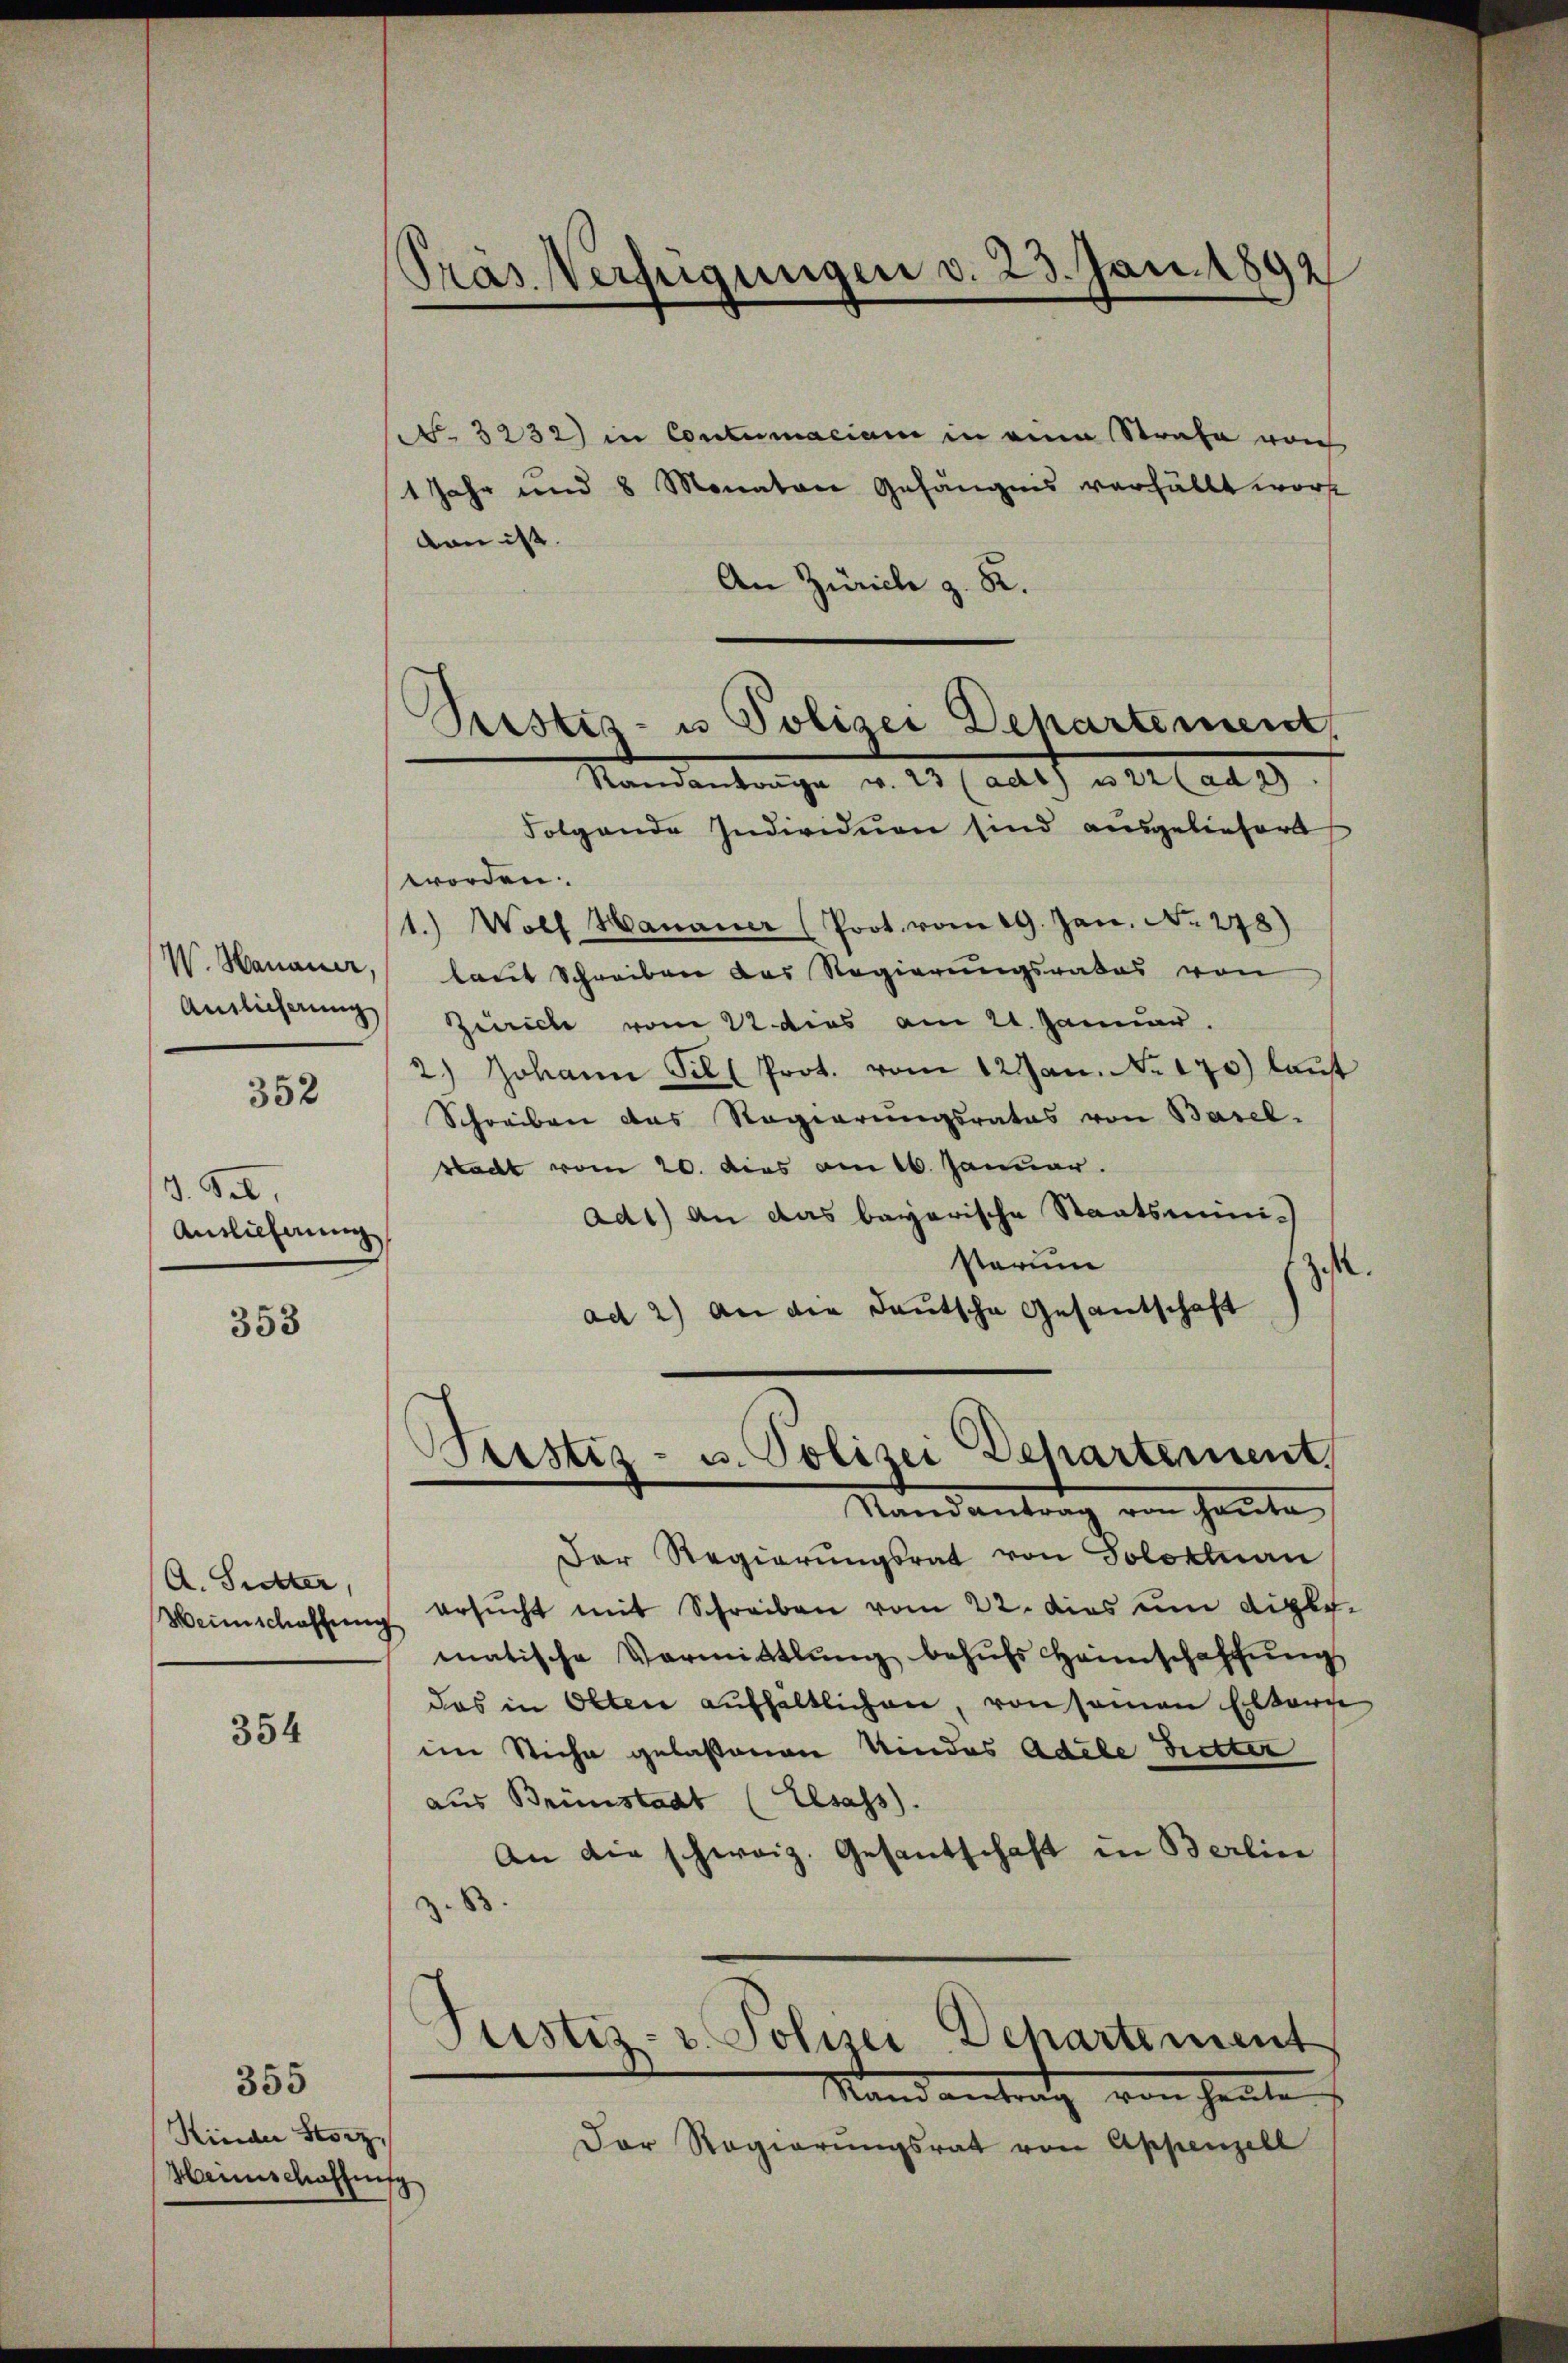
W. Hanauer,
Anslicherung

352

d. Feb.
Antlicherung

353

A. Suter,
Heinschaffung

354

355
Kinder Storz
Hainischaffung

Präs. Verfügungen d. 23. Jan. 1892

No. 3232) in Contumaciam in eine Strafe von
1 Jahr und 8 Monaten Gefängnis verfällt worde
von ist. |
An Zürich z. 82.
Folgende Individuen sind ausgeliefert
worden.
1.) Wolf Hanauer (Prot. vom 19. Jan. No. 278)
laut Schreiben das Regierungsrates von
Zürich vom 22 dies am 21. Januar.
2.) Johann Sill Prot. vom 12 Jan. No. 170) lauf
Schreiben des Regierungsrates von Basel-
ract vom 20. dies am 16. Januar.
ad1) an das bayerische Staatsminis
sarum
s
ad 2) an die deutsche Gesantschaft
Geistiz- u. Polizei Departement,
Standante von heute
Der Regierungsrat von Solokluan
ersucht mit Schreiben vom 22. dies um diplomatische Vormittlung behŭfs Heimschaffŭng
das in Olten aufhaltlichen, von samen Eltern
ine Stiche gelassenen Kindes Adele Bretter
aus Brünstadt (Elsass.
An die schweiz. Gesantschaft in Berlier
B
Justiz- u. Polizei Departement
Randantrag von heute
Der Regierŭngsrat von Appenzell

Pristis- u Polizei Dehartemend
Standenlange v. 23 (adt) verlade

¬